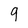
Character: 9